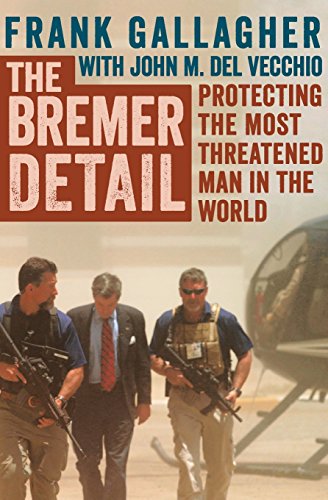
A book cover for The Bremer Detail: Protecting the Most Threatened Man in the World; Frank Gallagher; History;